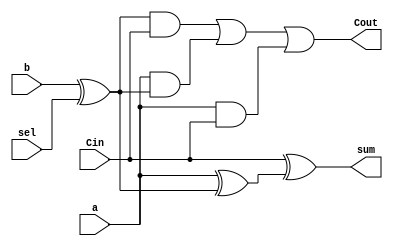
/*--  *******************************************************
--  Computer Architecture Course, Laboratory Sources 
--  Amirkabir University of Technology (Tehran Polytechnic)
--  Department of Computer Engineering (CE-AUT)
--  https://ce[dot]aut[dot]ac[dot]ir
--  *******************************************************
--  All Rights reserved (C) 2021-2022
--  *******************************************************
--  Student ID  : 9931078 9931072
--  Student Name: Kimia Montazeri & Sina Shariati
--  Student Mail: kimia.mtz@gmail.com sina.shariati@aut.ac.ir
--  *******************************************************
--  Additional Comments:
--
--*/

/*-----------------------------------------------------------
---  Module Name: adder_sub_1bit
-----------------------------------------------------------*/
`timescale 1 ns/1 ns
module adder_sub_1bit(a, b, sel, Cin, sum, Cout);
	 
	 input a, b, sel, Cin;
	 output sum, Cout;
	 wire x, y, w0, w1, w2, w3;
	 
	 assign x = a;
	 
	 xor g0(y, b, sel);
	 xor g1(w0, x, y);
	 xor g2(sum, Cin, w0);
	 
	 and g3(w1, y, Cin);
	 and g4(w2, x, y);
	 and g5(w3, x, Cin);
	 
	 or g6(Cout, w1, w2, w3);

endmodule